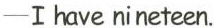
-I have nineteen.